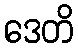
ဒေတိ